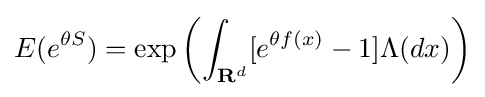
E(e^{\theta S})=\exp \left(\int _{{\textbf {R}}^{d}}[e^{\theta f(x)}-1]\Lambda (dx)\right)